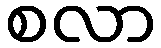
စလာ